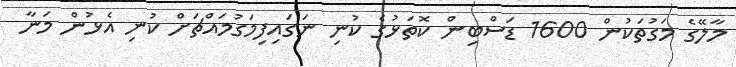
މާލޭގެ މަގުތަކުން 1600 ޑަސްބިން ކޮތަޅުގެ ކުނި ނަގައިފިމަގުމައްޗަށް ކުނި އެޅުން މަނާ